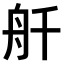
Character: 𫇚